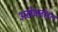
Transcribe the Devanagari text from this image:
अलेक्जांडरा